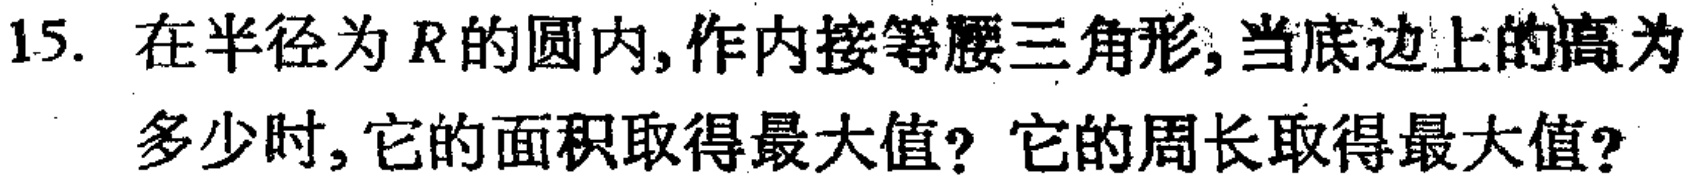
15. 在半径为\(R\)的圆内,作内接等腰三角形,当底边上的高为多少时,它的面积取得最大值? 它的周长取得最大值?